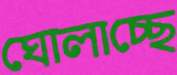
ঘোলাচ্ছে